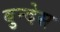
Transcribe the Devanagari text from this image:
बुन्देस